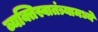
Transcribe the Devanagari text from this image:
व्यक्तिस्वातंत्र्यामध्ये